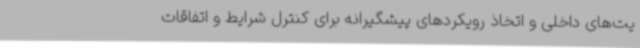
یت‌های داخلی و اتخاذ رویکردهای پیشگیرانه برای کنترل شرایط و اتفاقات